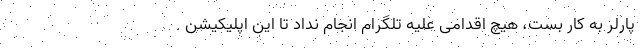
پارلر به کار بست، هیچ اقدامی علیه تلگرام انجام نداد تا این اپلیکیشن